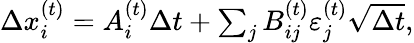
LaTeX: \begin{array}{r}{\Delta x_{i}^{(t)}=A_{i}^{(t)}\Delta t+\sum_{j}B_{ij}^{(t)}\varepsilon_{j}^{(t)}\sqrt{\Delta t},}\end{array}